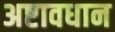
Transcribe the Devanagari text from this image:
अष्टावधान